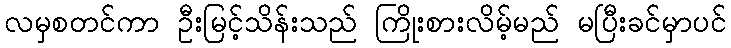
လမှစတင်ကာ ဦးမြင့်သိန်းသည် ကြိုးစားလိမ့်မည် မပြီးခင်မှာပင်